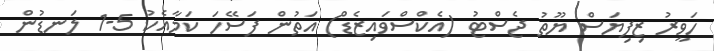
ހަވީރު ޒިފިޔަސް ޔޫތު ޖެސްޓު (އެކްސްވައިޒެޑް) އަތުން ފަސޭހަ ކަމާއެކު 5-1 ލަނޑުން